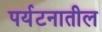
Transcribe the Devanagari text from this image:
पर्यटनातील